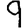
Digit: 9